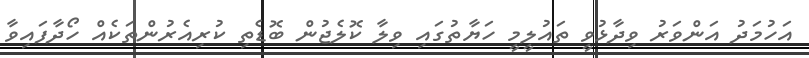
އަހުމަދު އަންވަރު ވިދާޅުވީ ތައުލީމީ ހަޔާތުގައި ވިލާ ކޮލެޖުން ބޮޑެތި ކުރިއެރުންތަކެއް ހޯދާފައިވާ